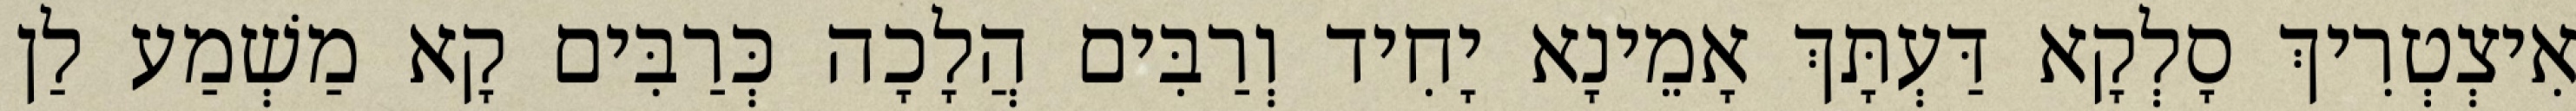
אִיצְטְרִיךְ סָלְקָא דַּעְתָּךְ אָמֵינָא יָחִיד וְרַבִּים הֲלָכָה כְּרַבִּים קָא מַשְׁמַע לַן